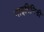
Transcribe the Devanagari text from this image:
गाइरिनिडी